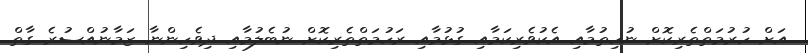
އަށް ހުރުމަތްތެރިކޮށް ނުހިތުމާއި އެކުވެރިކަމާއި ގުޅުމާއި ރަހުމަތްތެރިކޮށް ނުބެލުމާއި ދިވެހިންނާ ޒަމާނުއްސުރެ ގާތް